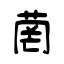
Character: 菵